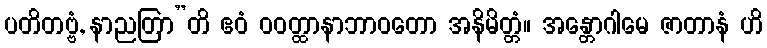
ပတိတဗ္ဗံ, နာညတြာ”တိ ဧဝံ ဝဝတ္ထာနာဘာဝတော အနိမိတ္တံ။ အန္တောဂါမေ ဇာတာနံ ဟိ